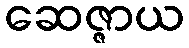
ဆေဇ္ဇာယ